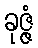
ခုဇ္ဇံ